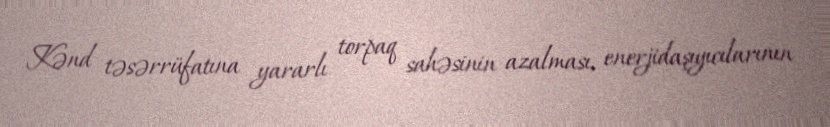
Kənd təsərrüfatına yararlı torpaq sahəsinin azalması, enerjidaşıyıcılarının